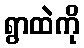
ရွာထဲကို